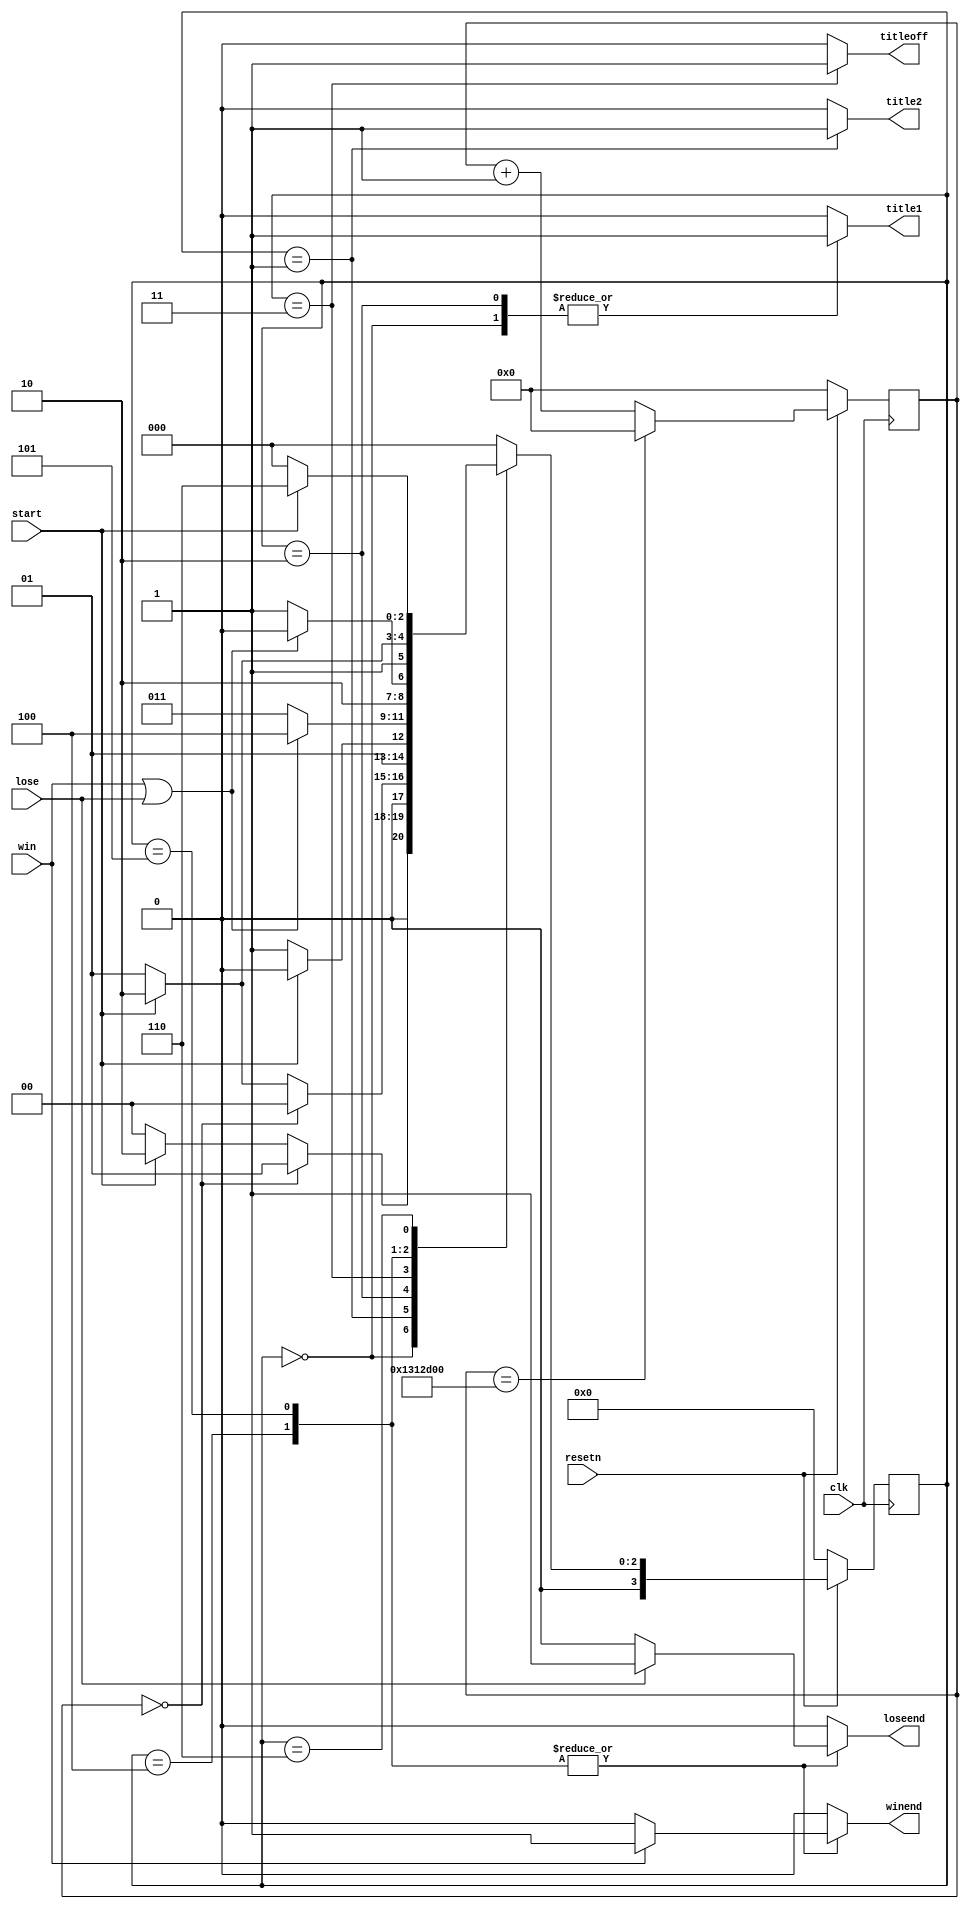
module TitleFSM(resetn, clk, start, win, lose, title1, title2, winend, loseend, titleoff);
	input resetn, clk, start, win, lose;
	output reg  title1, title2, winend, loseend, titleoff;
	
	//title flash
	reg [25:0] flashclk;
	always @(posedge clk) begin
		if (!resetn) flashclk <= 26'd0;
		else if (flashclk == 26'd20000000) flashclk <= 26'd0;
		else flashclk <= flashclk + 1'b1;
	end
	
	reg [3:0] current_state, next_state;
	localparam  S_TITLE1   = 4'd0,
					S_TITLE2   = 4'd1,
					S_WAIT1    = 4'd2,
					S_WAIT2	  = 4'd3,
					S_WAIT3    = 4'd4,
					S_END		  = 4'd5,
					S_WAIT_T1  = 4'd6,
					S_RESET    = 4'd7;
					
	//State Table
	always@(*)
	begin
		case (current_state)
			S_TITLE1:
				begin
					if(flashclk == 26'd0) next_state = S_TITLE2;
					else if(start) next_state = S_WAIT1;
					else next_state = S_TITLE1;
				end
			S_TITLE2:
				begin
					if(flashclk == 26'd0) next_state = S_TITLE1;
					else if(start) next_state = S_WAIT1;
					else next_state = S_TITLE2;
				end
			S_WAIT1:
				begin
					if(start) next_state = S_WAIT1;
					else next_state = S_WAIT2;
				end
			S_WAIT2:
				begin
					if(win|lose) next_state = S_WAIT3;
					else next_state = S_WAIT2;
				end
			S_WAIT3:
				begin
					if(win|lose) next_state = S_WAIT3;
					else next_state = S_END;
				end
			S_END:
				begin
					if(start) next_state = S_WAIT_T1;
					else next_state = S_END;
				end
			S_WAIT_T1:
				begin
					if(start) next_state = S_WAIT_T1;
					else next_state = S_TITLE1;
				end
			default: next_state = S_TITLE1;
		endcase
	end
	
	//Enable Signals
	always @(*)
	begin
		title1 = 1'b0;
		title2 = 1'b0;
		titleoff = 1'b0;
		winend = 1'b0;
		loseend = 1'b0;
		case (current_state)
			S_TITLE1: title1 = 1'b1;
			S_TITLE2: title2 = 1'b1;
			S_WAIT1: title1 = 1'b1;
			S_WAIT2: titleoff = 1'b1;
			S_WAIT3: 
			begin
				if(win) winend = 1'b1;
				if(lose) loseend = 1'b1;
			end
			S_END: 
			begin
				if(win) winend = 1'b1;
				if(lose) loseend = 1'b1;
			end
		endcase
	end
	
	//State FFs
	always@(posedge clk)
	begin: state_FFs
		if(!resetn)
			current_state <= S_TITLE1;
		else
			current_state <= next_state;
	end
	
endmodule